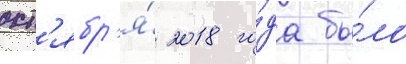
окт'ябр'я́ 2018 го́да бы́ло